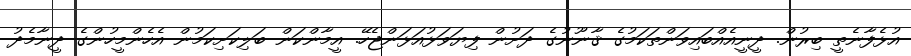
އުޅެފާނެތީ ބިރުން. ދީނީއެއްބައިވަންތަކަމުގެ ޤާނޫނުގެ ދަށުން ފިޔަވަޅުއަޅަންޖެހޭ. އީމާންކަން ބަލިކަށިކަމުން އެހެންމީހުންގެ ދީނާމެދު